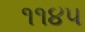
૧૧૪૫